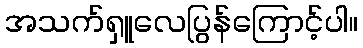
အသက်ရှူလေပြွန်ကြောင့်ပါ။